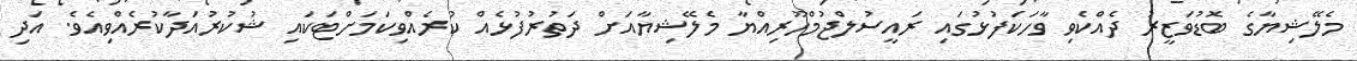
މެލޭޝިޔާގެ ބޮޑުވަޒީރު ދެއްކެވި ވާހަކަފުޅުގައި ރައީސުލްޖުމްހޫރިއްޔާ މެލޭޝިޔާއަށް ދަތުރުފުޅެއް ކުރެއްވިކަމަށްޓަކައި ޝުކުރުއަދާކުރެއްވިއެވެ. އަދި